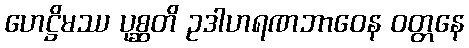
ဟေဋ္ဌိမဿ ပုစ္ဆတိ ဥဒါဟရဏဘာဝေန ဝတ္တနေ